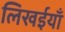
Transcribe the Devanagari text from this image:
लिखईयाँ